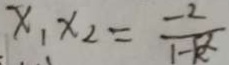
x _ { 1 } x _ { 2 } = \frac { - 2 } { 1 - k }